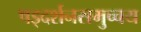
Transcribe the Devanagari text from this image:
षड्दर्शनसमुच्चय